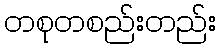
တစုတစည်းတည်း